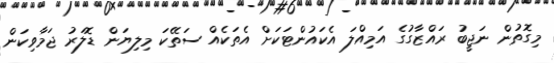
މިގޮތުން ނަޖީބު ރައްޒާގުގެ އަމިއްލަ އެކައުންޓަކަށް އެތަކެއް ސަތޭކަ މިލިޔަން ޑޮލަރު ޖަމާވިކަން